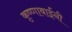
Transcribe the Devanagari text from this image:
कृष्णाबाईंनी